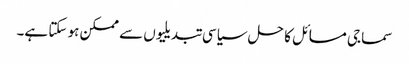
سماجی مسائل کا حل سیاسی تبدیلیوں سے ممکن ہو سکتا ہے۔